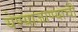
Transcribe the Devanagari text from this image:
येण्याजाण्याची